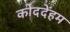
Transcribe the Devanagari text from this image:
कोददेंहम